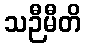
သဉီမီတိ